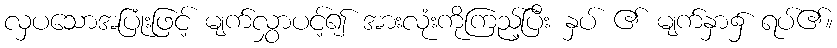
လှပသောအပြုံးဖြင့် မျက်လွှာပင့်၍ အားလုံးကိုကြည့်ပြီး နှပ် ၏ မျက်နှာ၌ ရပ်၏။